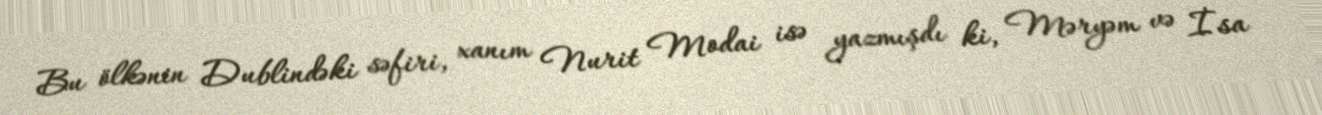
Bu ölkənin Dublindəki səfiri, xanım Nurit Modai isə yazmışdı ki, Məryəm və İsa